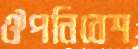
ঔপনিবেশ